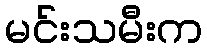
မင်းသမီးက